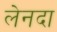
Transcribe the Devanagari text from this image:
लेनदा